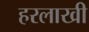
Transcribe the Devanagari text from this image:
हरलाखी